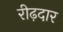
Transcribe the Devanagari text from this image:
रीढ़दार